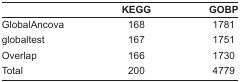
<table><thead><tr><td></td><td><b>KEGG</b></td><td><b>GOBP</b></td></tr></thead><tbody><tr><td>GlobalAncova</td><td>168</td><td>1781</td></tr><tr><td>globaltest</td><td>167</td><td>1751</td></tr><tr><td>Overlap</td><td>166</td><td>1730</td></tr><tr><td>Total</td><td>200</td><td>4779</td></tr></tbody></table>